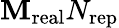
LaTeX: \mathbf{M}_{\mathrm{{real}}}N_{\mathrm{{rep}}}